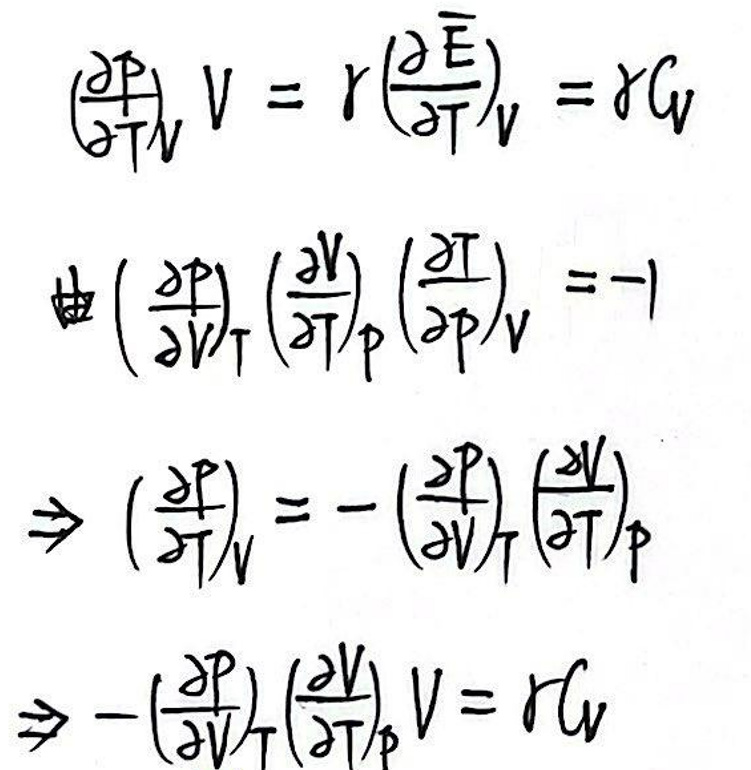
\(\left(\frac{\partial p}{\partial T}\right)_V V &= r\left(\frac{\partial E}{\partial T}\right)_V = rC_V\)\\
由\(\left(\frac{\partial p}{\partial V}\right)_T\left(\frac{\partial V}{\partial T}\right)_P\left(\frac{\partial T}{\partial p}\right)_V &= -1\)\\
\(\Rightarrow\left(\frac{\partial p}{\partial T}\right)_V &=-\left(\frac{\partial p}{\partial V}\right)_T\left(\frac{\partial V}{\partial T}\right)_P\)\\
\(\Rightarrow\left(\frac{\partial p}{\partial V}\right)_T\left(\frac{\partial V}{\partial T}\right)_P V &= rC_V\)